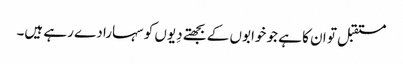
مستقبل تو ان کا ہے جو خوابوں کے بجھتے دِیوں کو سہارا دے رہے ہیں۔